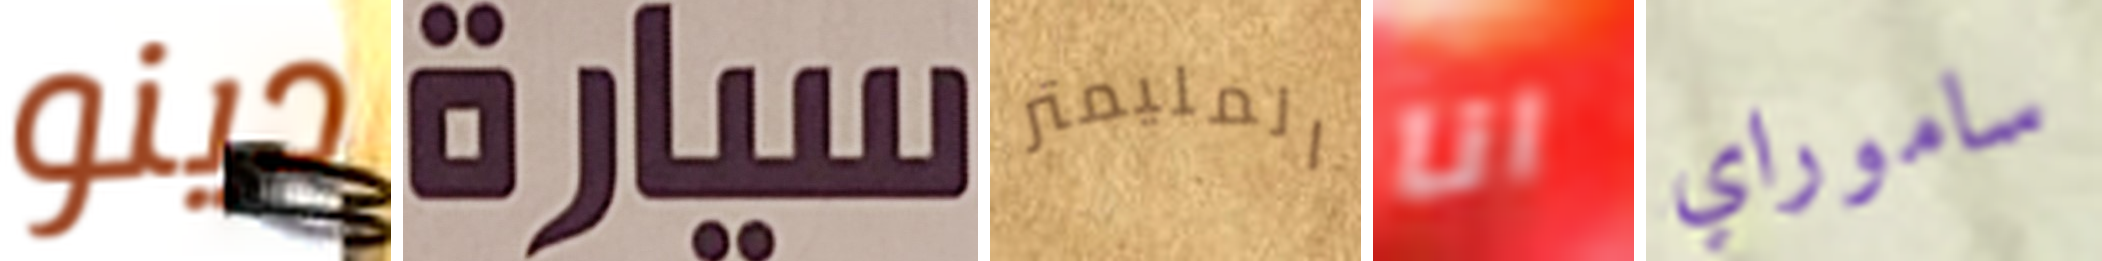
دينو سيارة المليمتر انا ساموراي